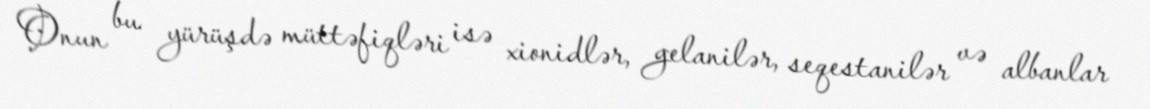
Onun bu yürüşdə müttəfiqləri isə xionidlər, gelanilər, seqestanilər və albanlar